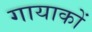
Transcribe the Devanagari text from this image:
गायाकों